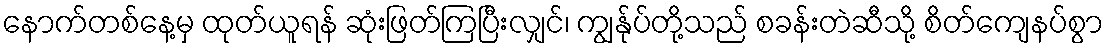
နောက်တစ်နေ့မှ ထုတ်ယူရန် ဆုံးဖြတ်ကြပြီးလျှင်၊ ကျွန်ုပ်တို့သည် စခန်းတဲဆီသို့ စိတ်ကျေနပ်စွာ